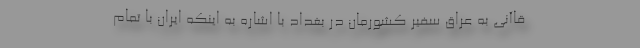
قاآنی به عراق سفیر کشورمان در بغداد با اشاره به اینکه ایران با تمام